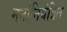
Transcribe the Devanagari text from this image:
मनोनियंत्रित